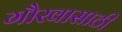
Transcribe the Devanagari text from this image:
गौरवासाठी